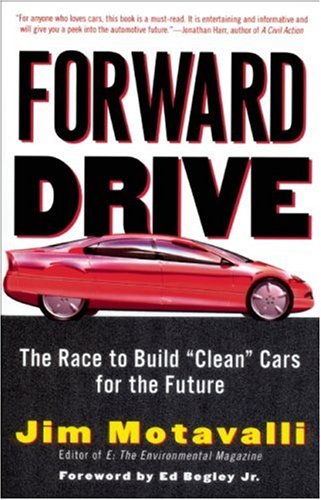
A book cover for Forward Drive: The Race to Build "Clean" Cars for the Future; Jim Motavalli; Engineering & Transportation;